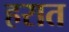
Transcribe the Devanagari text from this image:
हरात